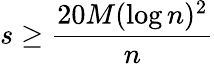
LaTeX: s\geq\frac{20M(\log n)^{2}}{n}